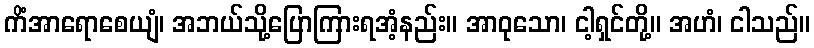
ကိံအာရောစေယျံ၊ အဘယ်သို့ပြောကြားရအံ့နည်း။ အာဝုသော၊ ငါ့ရှင်တို့။ အဟံ၊ ငါသည်။